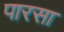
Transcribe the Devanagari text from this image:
पारसा